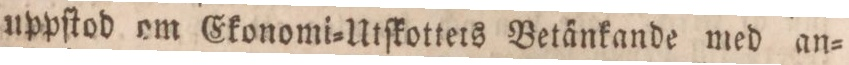
uppſtod om Ekonomi=Utſkotters Betänkande med an=